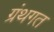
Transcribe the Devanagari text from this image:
ग्रंथगत